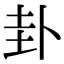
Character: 卦